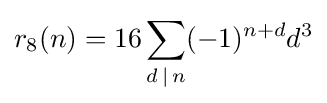
r_{8}(n)=16\sum _{d\,\mid \,n}(-1)^{n+d}d^{3}